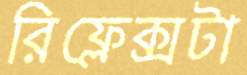
রিফ্লেক্সটা